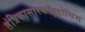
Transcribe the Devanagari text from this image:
तंत्रिकासारकॉइडोसिस